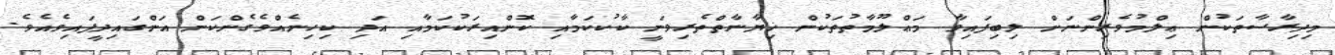
މިދިރާސާތަކުން ޢިލްމުވެރިންނަށް ލިބިފައިވާ މަޢްލޫމާތުތަކުން ޚިޔާނާތްތެރިވަނީ ކާކުކަމާއި ކޮންއިރަކުކަމާއި އަދި ކިހިނެއްވެގެންކަން އަންގައިދީފައިވެއެވެ.